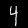
Digit: 4